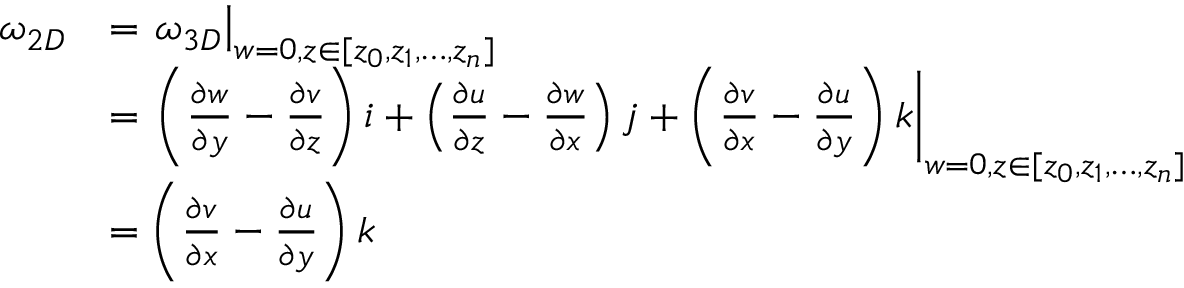
\begin{array} { r l } { \omega _ { 2 D } } & { = \left. \omega _ { 3 D } \right| _ { w = 0 , z \in \lbrack z _ { 0 } , z _ { 1 } , \ldots , z _ { n } \rbrack } } \\ & { = \left. { \left( { \frac { \partial w } { \partial y } - \frac { \partial v } { \partial z } } \right) i + \left( { \frac { \partial u } { \partial z } - \frac { \partial w } { \partial x } } \right) j + \left( { \frac { \partial v } { \partial x } - \frac { \partial u } { \partial y } } \right) k } \right| _ { w = 0 , z \in \lbrack z _ { 0 } , z _ { 1 } , \ldots , z _ { n } \rbrack } } \\ & { = \left( { \frac { \partial v } { \partial x } - \frac { \partial u } { \partial y } } \right) k } \end{array}